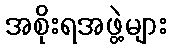
အစိုးရအဖွဲ့များ